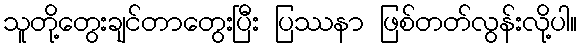
သူတို့တွေးချင်တာတွေးပြီး ပြဿနာ ဖြစ်တတ်လွန်းလို့ပါ။